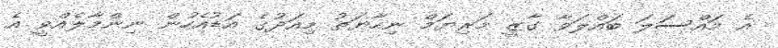
އެ މައްސަލަ ބައްލަވާ ގާޒީ މަރިޔަމް ނިހާޔަތު މިއަދުގެ އަޑުއެހުން ނިންމާލެއްވީ އެ